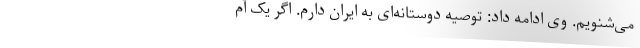
می‌شنویم. وی ادامه داد: توصیه دوستانه‌ای به ایران دارم. اگر یک آم